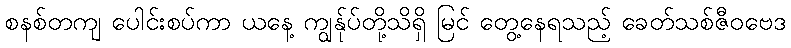
စနစ်တကျ ပေါင်းစပ်ကာ ယနေ့ ကျွန်ုပ်တို့သိရှိ မြင် တွေ့နေရသည့် ခေတ်သစ်ဇီဝဗေဒ